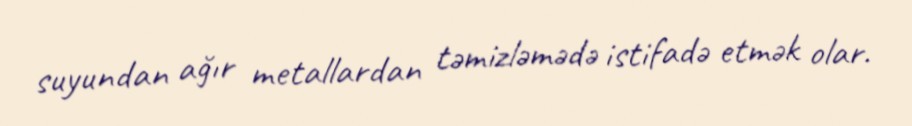
suyundan ağır metallardan təmizləmədə istifadə etmək olar.